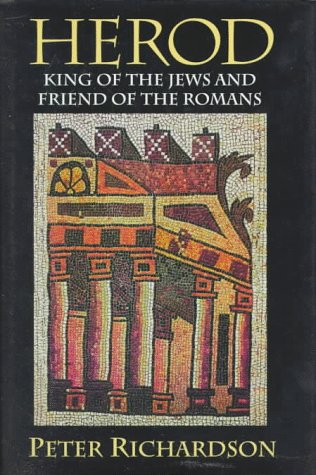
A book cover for Herod: King of the Jews and Friend of the Romans (Studies on Personalities of the New Testament); Peter Richardson; Christian Books & Bibles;